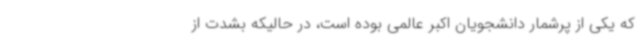
که یکی از پرشمار دانشجویان اکبر عالمی بوده است، در حالیکه بشدت از